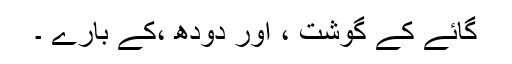
گائے کے گوشت ، اور دودھ ،کے بارے ۔